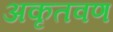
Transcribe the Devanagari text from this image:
अकृतवण